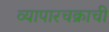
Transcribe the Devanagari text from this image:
व्यापारचक्राची